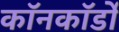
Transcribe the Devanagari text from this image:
कॉनकॉर्डों